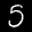
Label: 5